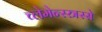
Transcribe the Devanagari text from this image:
च्लेमेन्स्स्त्रस्से